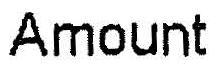
AMOUNT